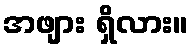
အဖျား ရှိလား။